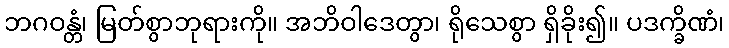
ဘဂဝန္တံ၊ မြတ်စွာဘုရားကို။ အဘိဝါဒေတွာ၊ ရိုသေစွာ ရှိခိုး၍။ ပဒက္ခိဏံ၊